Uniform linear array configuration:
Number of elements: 24
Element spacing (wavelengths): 0.5
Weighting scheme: exponential
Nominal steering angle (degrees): -45
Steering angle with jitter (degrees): -44.715
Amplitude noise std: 0.05
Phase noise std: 0.05

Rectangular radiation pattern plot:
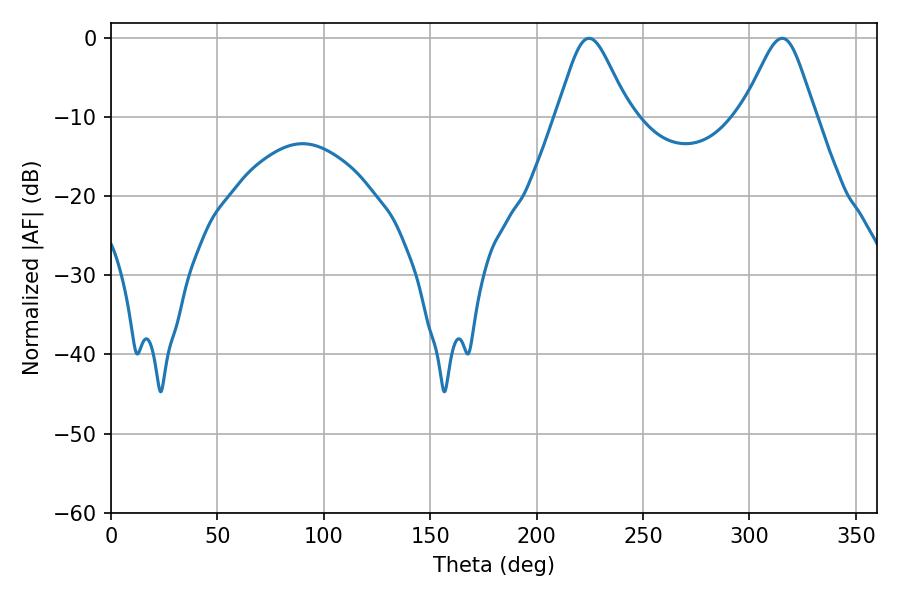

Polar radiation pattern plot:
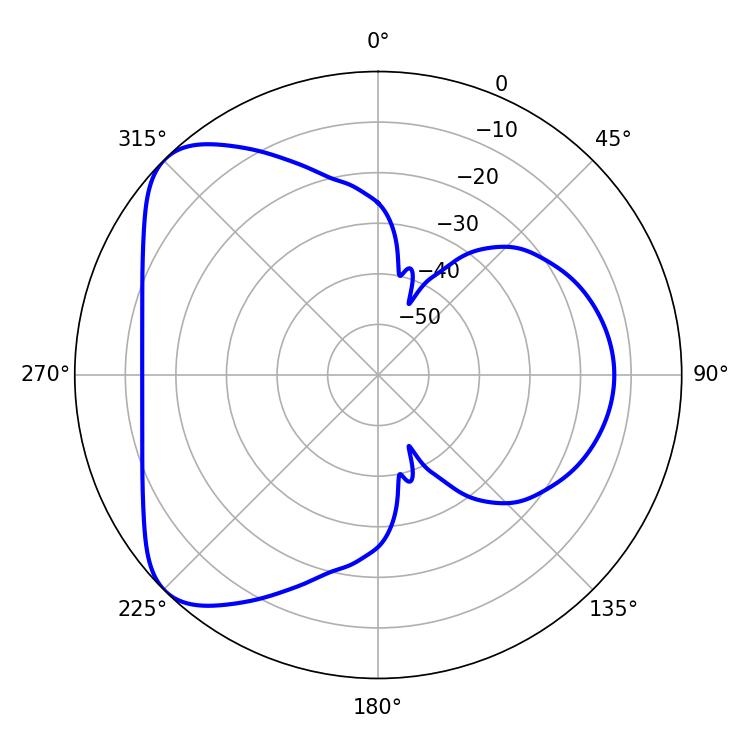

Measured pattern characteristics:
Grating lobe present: FALSE
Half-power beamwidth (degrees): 16.56
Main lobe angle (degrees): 224.64